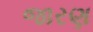
જારણ